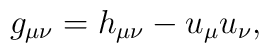
g_{\mu\nu}=h_{\mu\nu}-u_\mu u_\nu,